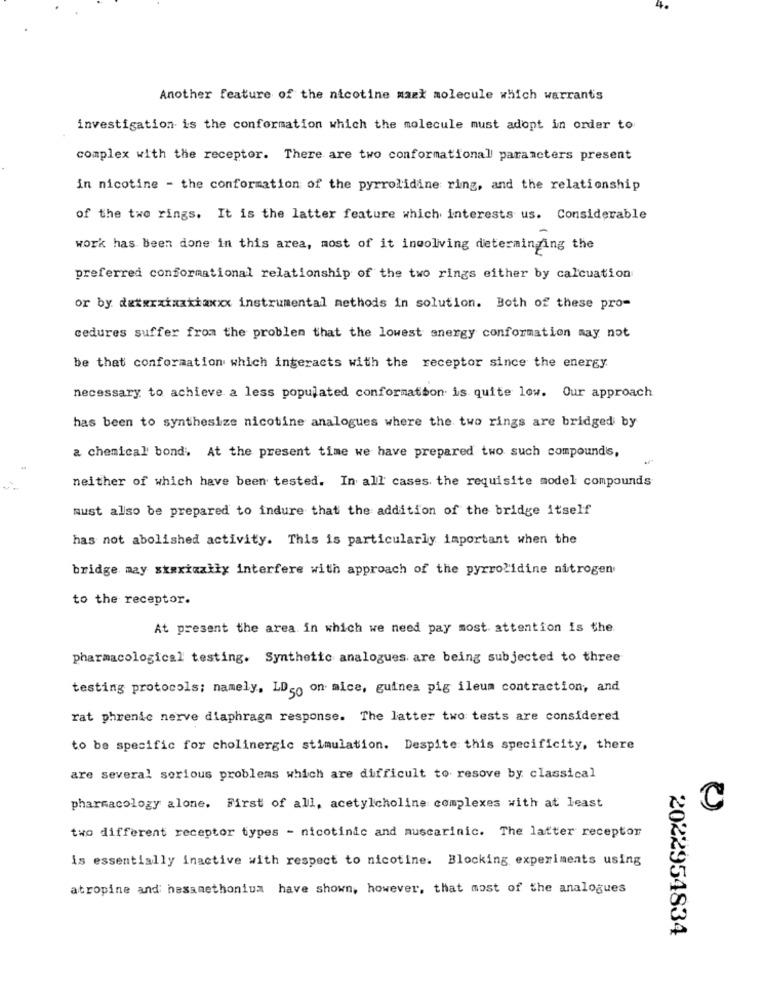
Another feature of the nicotine mazk molecule which warrants
investigation is the conformation which the molecule must adopt in order to
complex with the receptor. There are two conformationall parameters present
in nicotine - the conformation of the pyrrolidine ring, and the relationship
of the two rings. It is the latter feature which interests us. Considerable
work has been done in this area, most of it ingoliving determining the
preferred conformational relationship of the two rings either by calcuation
or by detxxxixxxiaxxx instrumental methods in solution. Both of these pro-
cedures suffer from the problem that the lowest snergy conformation may not
be that conformation which interacts with the receptor since the energy
necessary to achieve a less populated conformation is quite low. Our approach
has been to synthesize nicotine analogues where the two rings are bridged by
a chemical bond. At the present time we have prepared two such compounds,
neither of which have been tested. In all cases the requisite model compounds
must also be prepared to indure that the addition of the bridge itself
has not abolished activity. This is particularly important when the
bridge may skaxixally interfere with approach of the pyrrolidine nitrogen
to the receptor.
At present the area in which we need pay most attention is the.
pharmacological testing. Synthetic analogues are being subjected to three
testing protocols; namely, LD50 on mice, guinea pig ileum contraction, and
rat phrenic nerve diaphragm response. The latter two tests are considered
to be specific for cholinergic stimulation. Despite this specificity, there
are several serious problems which are difficult to resove by classical
pharmacology alone. First of all, acetylcholine complexes with at least
C
two different receptor types - nicotinic and muscarinic. The latter receptor
is essentially inactive with respect to nicotine. Blocking experiments using
atropine and hessmethonium have shown, however, that most of the analogues
2022954834